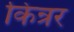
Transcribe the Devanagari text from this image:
किन्रर